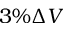
3 \% \Delta V